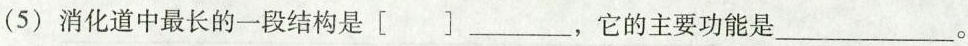
(5)消化道中最长的一段结构是[]___，它的主要功能是___。